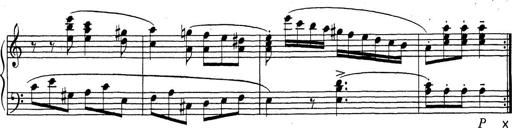
Title: ÄŒeskÃ© Sonatiny
Composer: Various